画像に写った文字を読んでください
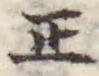
「正」と書いてあります